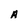
Character: A